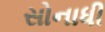
સોનાધી